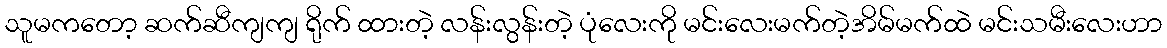
သူမကတော့ ဆက်ဆီကျကျ ရိုက် ထားတဲ့ လန်းလွန်းတဲ့ ပုံလေးကို မင်းလေးမက်တဲ့အိမ်မက်ထဲ မင်းသမီးလေးဟာ